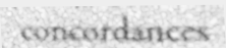
concordances